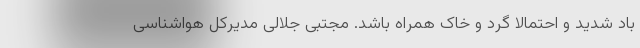
باد شدید و احتمالا گرد و خاک همراه باشد. مجتبی جلالی مدیرکل هواشناسی